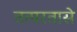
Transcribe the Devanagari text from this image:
तत्परतासे